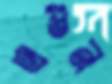
এগুন